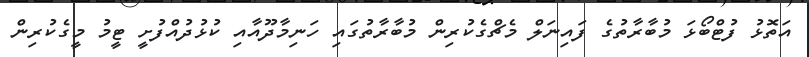
އަތޮޅު ފުޓްބޯޅަ މުބާރާތުގެ ފައިނަލް މެޗްގެކުރިން މުބާރާތުގައި ހަނިމާދޫއާއި ކުޅުދުއްފުށީ ޓީމު މީގެކުރިން